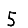
Digit: 5